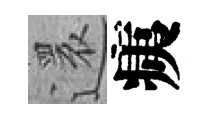
還痍